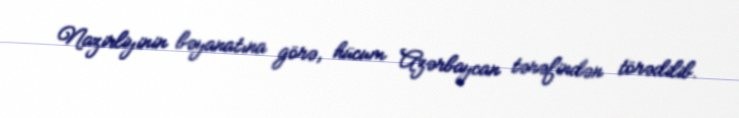
Nazirliyinin bəyanatına görə, hücum Azərbaycan tərəfindən törədilib.